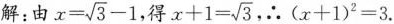
解：由 $$x = \sqrt { 3 } - 1 $$ ，得 $$x + 1 = \sqrt { 3 }$$ ，∴ $$( x + 1 ) ^ { 2 } = 3$$.